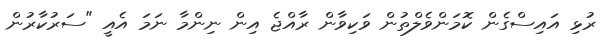
ރުޅި އައިސްގެން ކޮމަންވެލްތުން ވަކިވާން ރާއްޖެ އިން ނިންމާ ނަމަ އެއީ "ސަރުކާރުން